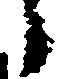
々